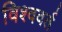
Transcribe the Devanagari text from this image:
विश्ववर्त